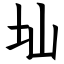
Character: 圸